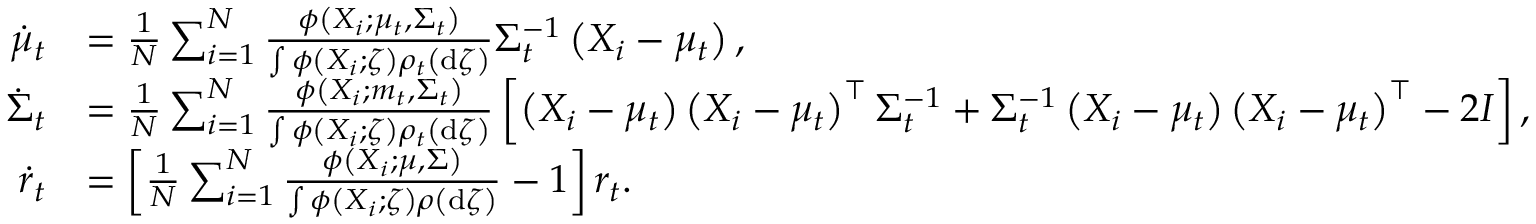
\begin{array} { r l } { \dot { \mu } _ { t } } & { = \frac { 1 } { N } \sum _ { i = 1 } ^ { N } \frac { \phi \left( X _ { i } ; \mu _ { t } , \Sigma _ { t } \right) } { \int \phi \left( X _ { i } ; \zeta \right) \rho _ { t } \left( \mathrm { d } \zeta \right) } \Sigma _ { t } ^ { - 1 } \left( X _ { i } - \mu _ { t } \right) , } \\ { \dot { \Sigma } _ { t } } & { = \frac { 1 } { N } \sum _ { i = 1 } ^ { N } \frac { \phi \left( X _ { i } ; m _ { t } , \Sigma _ { t } \right) } { \int \phi \left( X _ { i } ; \zeta \right) \rho _ { t } \left( \mathrm { d } \zeta \right) } \left[ \left( X _ { i } - \mu _ { t } \right) \left( X _ { i } - \mu _ { t } \right) ^ { \top } \Sigma _ { t } ^ { - 1 } + \Sigma _ { t } ^ { - 1 } \left( X _ { i } - \mu _ { t } \right) \left( X _ { i } - \mu _ { t } \right) ^ { \top } - 2 I \right] , } \\ { \dot { r } _ { t } } & { = \left[ \frac { 1 } { N } \sum _ { i = 1 } ^ { N } \frac { \phi \left( X _ { i } ; \mu , \Sigma \right) } { \int \phi \left( X _ { i } ; \zeta \right) \rho \left( \mathrm { d } \zeta \right) } - 1 \right] r _ { t } . } \end{array}